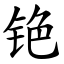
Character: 铯